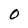
Character: 0